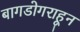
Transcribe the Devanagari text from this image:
बागडोगराहून